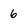
Character: 6